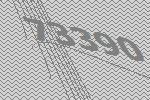
73390